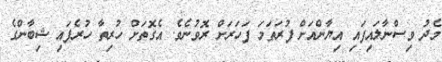
މެދު ވިސްނާލައިފައި އިޔާންއަށް ފުރަތަމަ ފަހަރަށް ރޮވުނެވެ. އެގޮތަށް ހުރިތާ ހުރެފައި ޝިބާންގެ